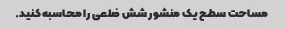
مساحت سطح یک منشور شش ضلعی را محاسبه کنید.